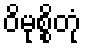
ဝိမုစ္စိတုံ